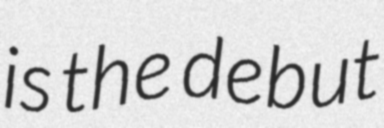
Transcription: is the debut